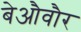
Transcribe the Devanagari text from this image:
बेऔवौर